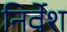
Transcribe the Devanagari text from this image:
निर्वेश